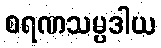
စရဏသမ္ပဒါယ